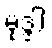
မုဒ္ဒါ